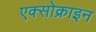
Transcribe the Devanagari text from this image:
एक्सोक्राइन